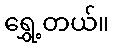
ရွှေ့တယ်။